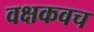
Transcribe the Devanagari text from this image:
वक्षकवच